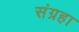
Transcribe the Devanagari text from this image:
संग्रहा